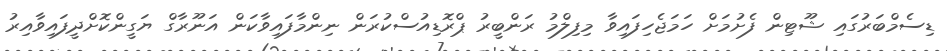
ޑިސެމްބަރުގައި ޝޫޓިން ފެށުމަށް ހަމަޖެހިފައިވާ މިފިލްމު ރަންބީރު ޕްރޮޑިއުސްކުރަން ނިންމާފައިވާކަން އަނޫރާގް ޔަގީންކޮށްދީފައިވާއިރު